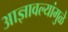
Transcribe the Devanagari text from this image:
आज्ञावल्यांमुळे